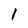
Character: 1